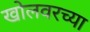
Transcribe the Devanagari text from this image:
खोलवरच्या